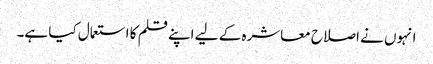
انہوں نے اصلاح معاشرہ کے لیے اپنے قلم کا استعمال کیا ہے۔